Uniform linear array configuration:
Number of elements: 16
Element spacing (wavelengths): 1
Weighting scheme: cosine
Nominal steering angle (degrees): -30
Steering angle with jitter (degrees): -30.885
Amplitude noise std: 0.05
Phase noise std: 0.05

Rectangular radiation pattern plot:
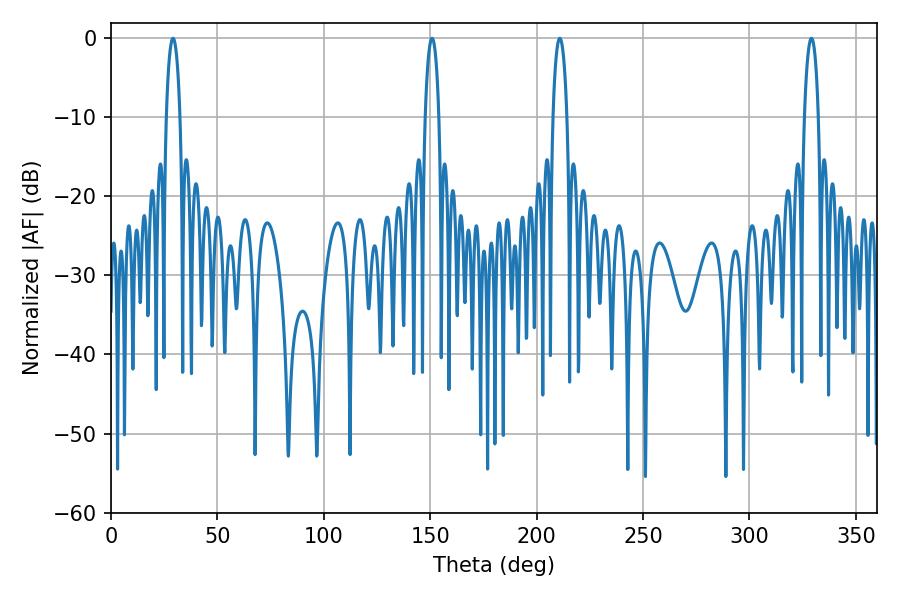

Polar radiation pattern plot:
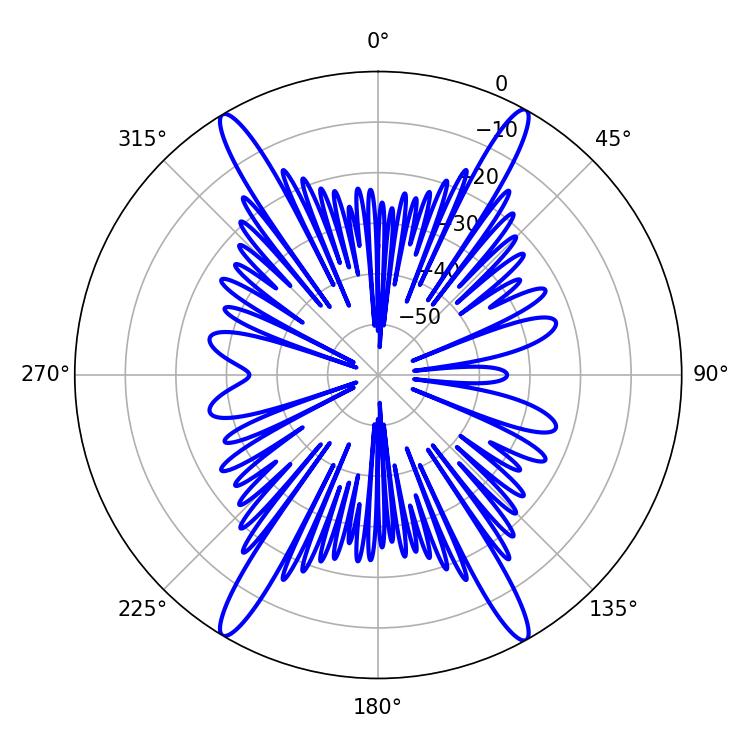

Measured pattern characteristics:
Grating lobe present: TRUE
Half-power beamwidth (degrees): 3.6
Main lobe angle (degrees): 29.16